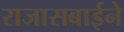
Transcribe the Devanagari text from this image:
राजासबाईने